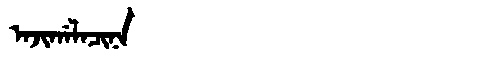
Manchu: ᠠᠵᡳᡤᠠᠯᠠᠴᡳᠨᠠ
Romanization: AJIGALACINA